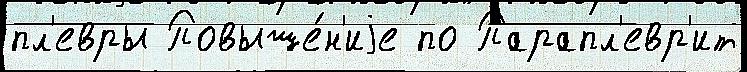
пл'евры Повыше́н'иjе по Парапл'евр'ит